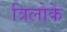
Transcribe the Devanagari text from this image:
त्रिलोके